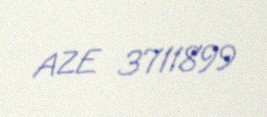
AZE 3711899